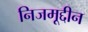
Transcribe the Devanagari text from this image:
निजमूद्दीन